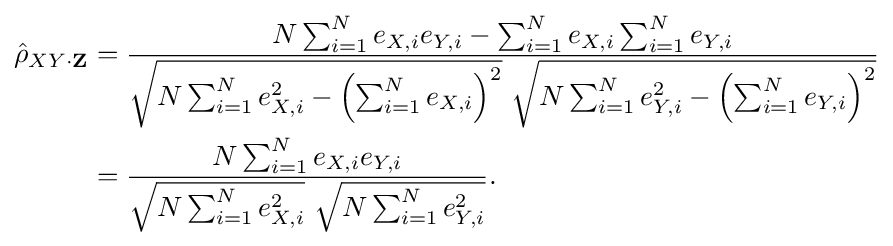
{\begin{aligned}{\hat {\rho }}_{XY\cdot \mathbf {Z} }&={\frac {N\sum _{i=1}^{N}e_{X,i}e_{Y,i}-\sum _{i=1}^{N}e_{X,i}\sum _{i=1}^{N}e_{Y,i}}{{\sqrt {N\sum _{i=1}^{N}e_{X,i}^{2}-\left(\sum _{i=1}^{N}e_{X,i}\right)^{2}}}~{\sqrt {N\sum _{i=1}^{N}e_{Y,i}^{2}-\left(\sum _{i=1}^{N}e_{Y,i}\right)^{2}}}}}\\&={\frac {N\sum _{i=1}^{N}e_{X,i}e_{Y,i}}{{\sqrt {N\sum _{i=1}^{N}e_{X,i}^{2}}}~{\sqrt {N\sum _{i=1}^{N}e_{Y,i}^{2}}}}}.\end{aligned}}